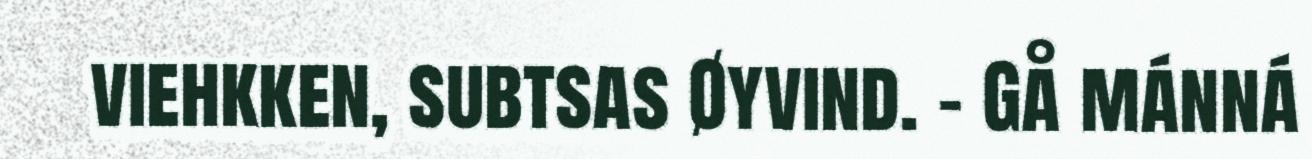
viehkken, subtsas Øyvind. – Gå mánná